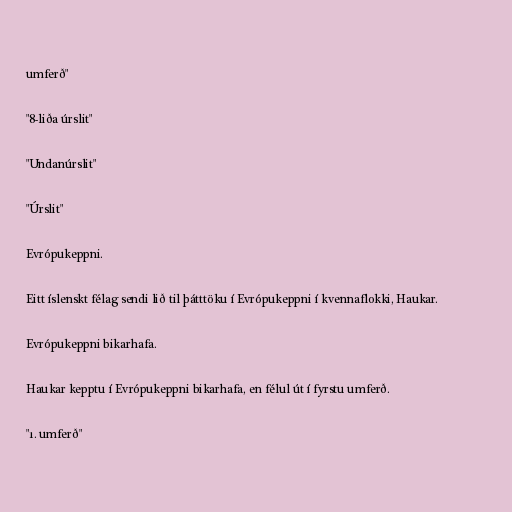
umferð"

"8-liða úrslit"

"Undanúrslit"

"Úrslit"

Evrópukeppni.

Eitt íslenskt félag sendi lið til þátttöku í Evrópukeppni í kvennaflokki, Haukar.

Evrópukeppni bikarhafa.

Haukar kepptu í Evrópukeppni bikarhafa, en félul út í fyrstu umferð.

"1. umferð"